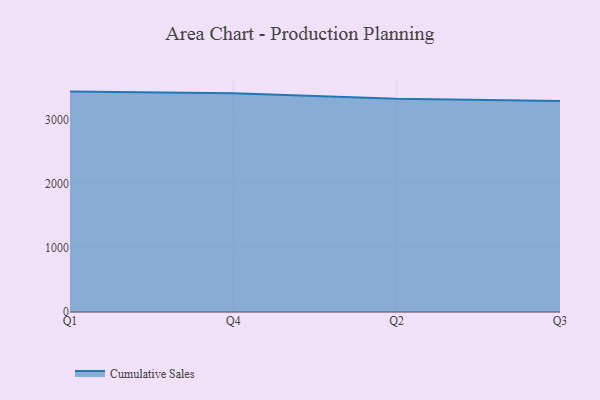
{"axis": {"x": "Quarter", "y": "Temperature (°C)"}, "legend": ["Cumulative Sales"], "data": [{"x": "Q1", "y": 3443.4, "type": "Cumulative Sales"}, {"x": "Q4", "y": 3418.9, "type": "Cumulative Sales"}, {"x": "Q2", "y": 3330.0, "type": "Cumulative Sales"}, {"x": "Q3", "y": 3297.6, "type": "Cumulative Sales"}]}